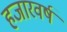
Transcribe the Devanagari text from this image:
हजारवर्ष